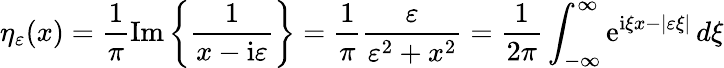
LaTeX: \eta_{\varepsilon}(x)={\frac{1}{\pi}}\mathrm{Im}\left\{ {\frac{1}{x-\mathrm{i}\varepsilon}}\right\} ={\frac{1}{\pi}}{\frac{\varepsilon}{\varepsilon^{2}+x^{2}}}={\frac{1}{2\pi}}\int_{-\infty}^{\infty}\mathrm{e}^{\mathrm{i}\xi x-|\varepsilon\xi|}\, d\xi